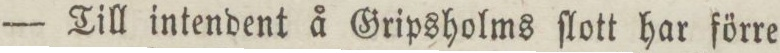
— Till intendent å Gripsholms ſlott har förre